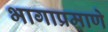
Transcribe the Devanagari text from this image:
भागाप्रमाणे